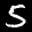
Label: 5